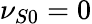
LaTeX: \nu_{S0}=0